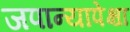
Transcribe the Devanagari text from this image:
जपान्यापेक्षा